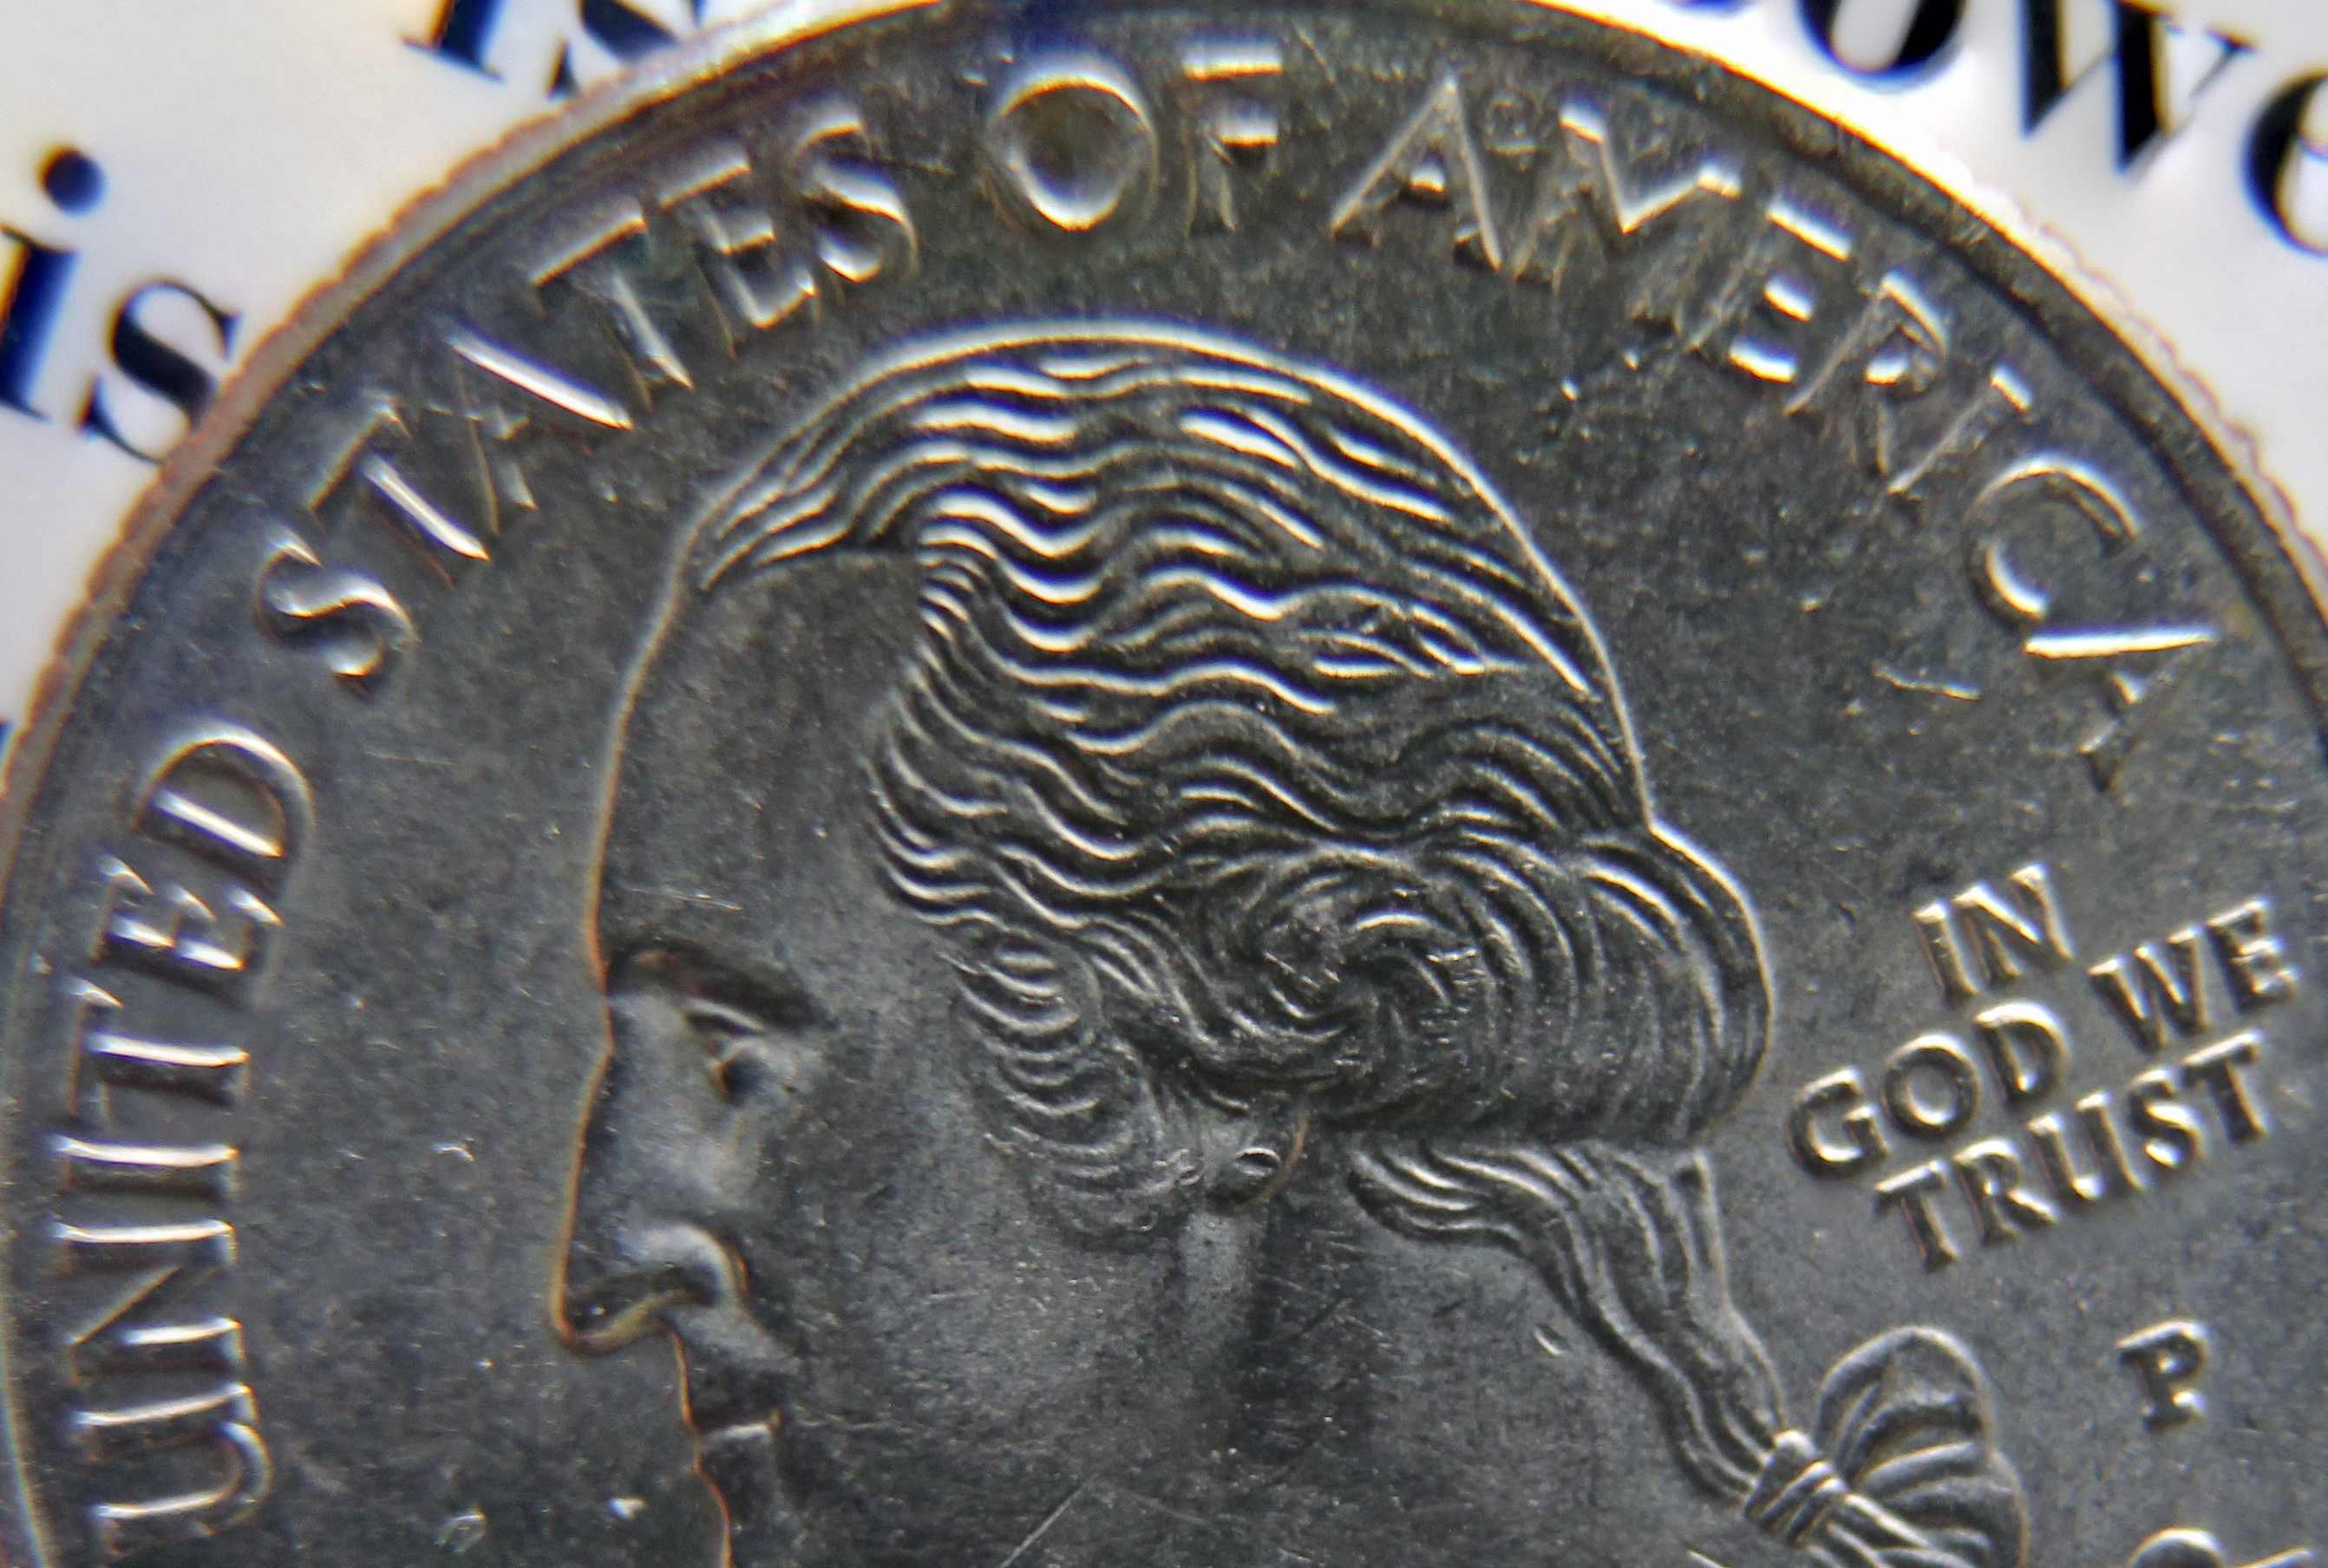
UNITED STATES OF AMERICA